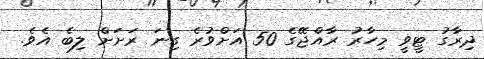
ދިރާގު ޓީވީ މިހާރު ރާއްޖޭގެ 50 އަށްވުރެ ގިނަ ރަށަށް ލިބެ އެވެ.